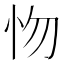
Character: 𢗘